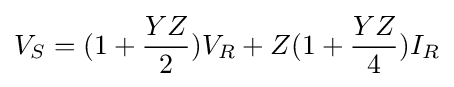
V_{S}=(1+{\frac {YZ}{2}})V_{R}+Z(1+{\frac {YZ}{4}})I_{R}